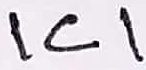
Text: IC1